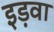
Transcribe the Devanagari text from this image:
इड़वा